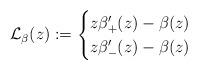
LaTeX: \begin{align*}{\cal L}_\beta(z):=\begin{cases}z\beta_+'(z)-\beta(z) &\\z\beta_-'(z)-\beta(z) &\end{cases}\end{align*}